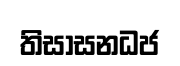
තිසාසනධජ